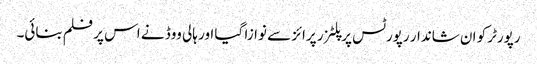
رپورٹرکو ان شاندار رپورٹس پر پلٹزر پرائز سے نوازا گیا اور ہالی ووڈ نے اس پر فلم بنائی۔